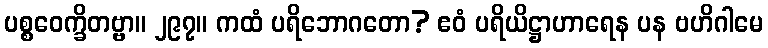
ပစ္စဝေက္ခိတဗ္ဗာ။ ၂၉၇။ ကထံ ပရိဘောဂတော? ဧဝံ ပရိယိဋ္ဌာဟာရေန ပန ဗဟိဂါမေ